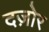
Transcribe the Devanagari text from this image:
दज़ोर